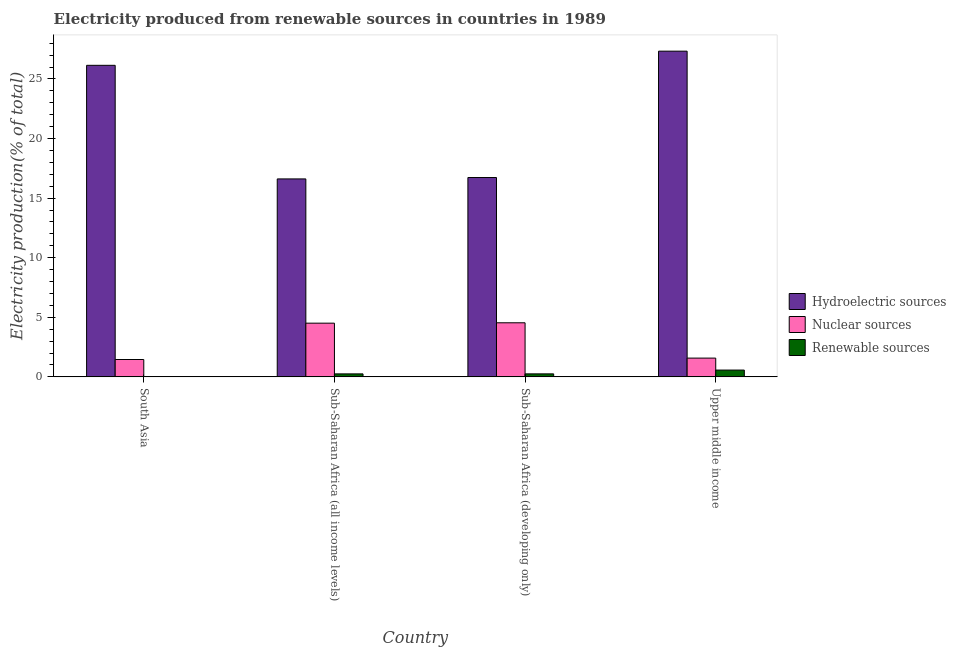
| Country | Hydroelectric sources | Nuclear sources | Renewable sources |
 | --- | --- | --- | --- |
 | South Asia | 26.1 | 1.46 | 0.00188 |
 | Sub-Saharan Africa (all income levels) | 16.6 | 4.51 | 0.251 |
 | Sub-Saharan Africa (developing only) | 16.7 | 4.54 | 0.252 |
 | Upper middle income | 27.3 | 1.58 | 0.57 |